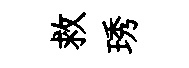
救琇